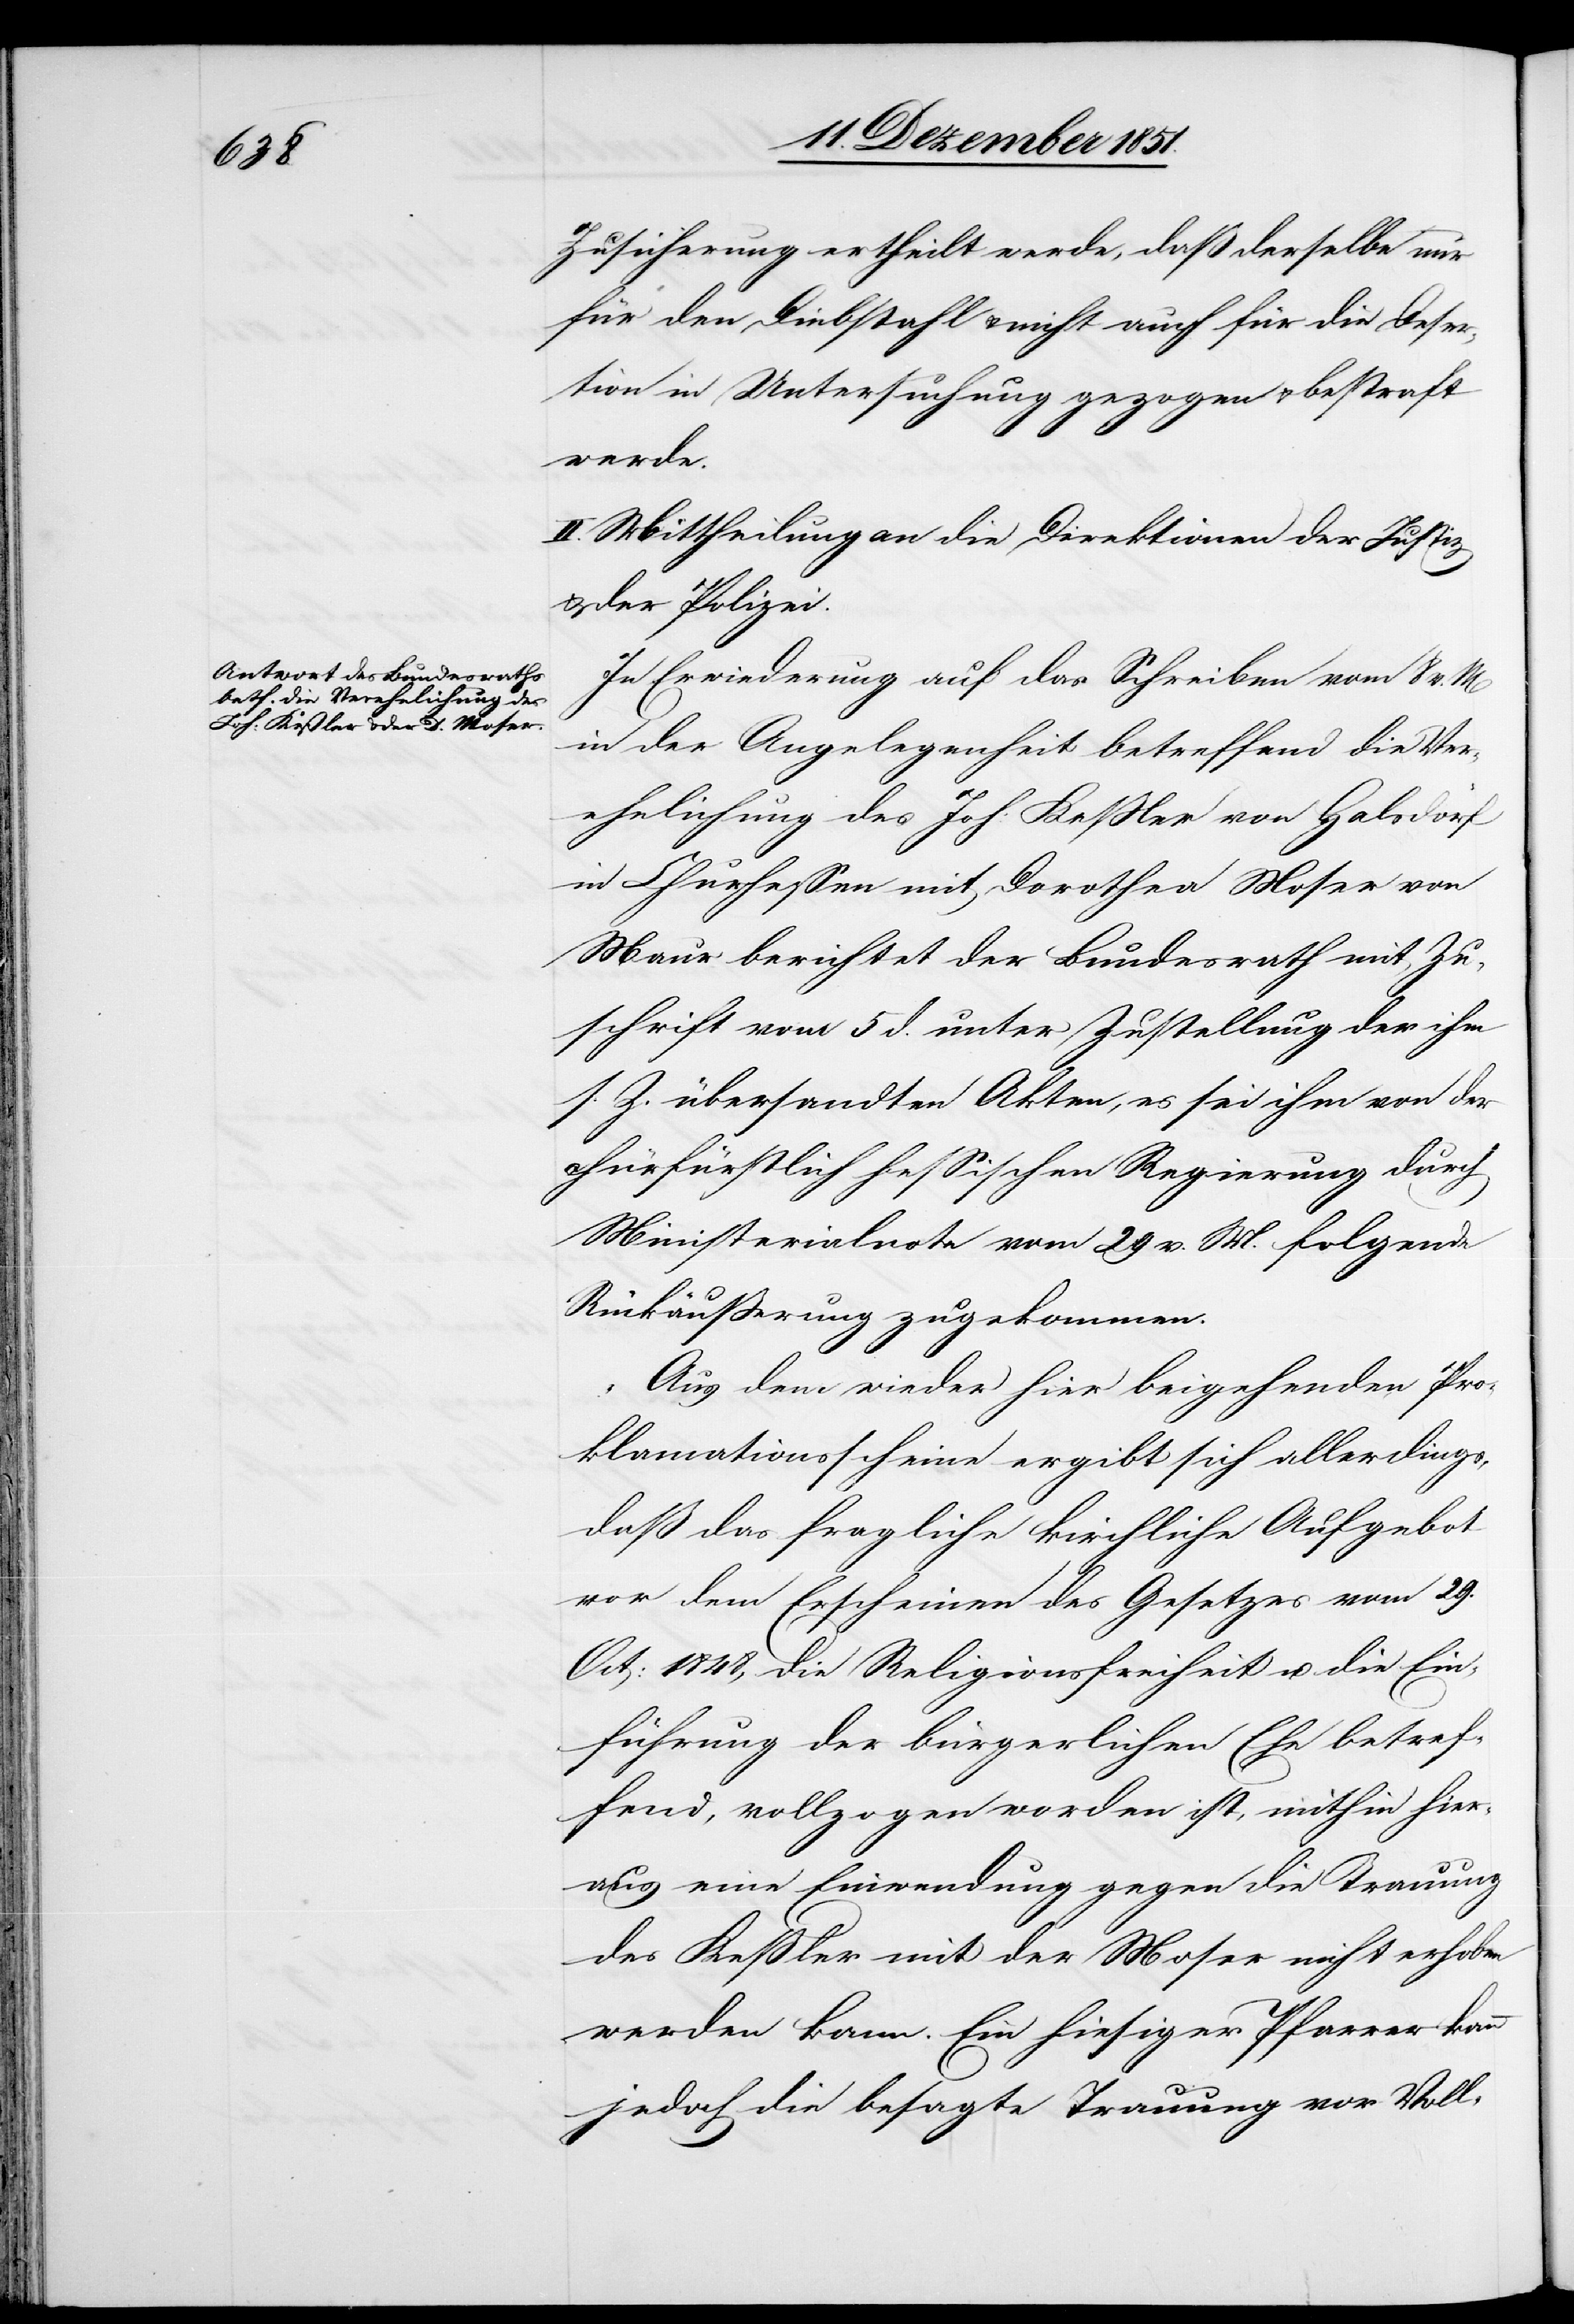
Zusicherung ertheilt werde, daß derselbe nur
für den Diebstahl & nicht auch für die Deser¬
tion in Untersuchung gezogen & bestraft
werde.
II. Mittheilung an die Direktionen der Justiz
& der Polizei.
In Erwiederung auf das Schreiben vom 8 v.
in der Angelegenheit betreffend die Ver¬
ehelichung des Joh: Keßler von Halsdorf
in Churhessen mit Dorothea Moser von
Maur berichtet der Bundesrath mit Zu¬
schrift vom 5 d. unter Zustellung der ihm
s. Z. übersandten Akten, es sei ihm von der
churfürstlich hessischen Regierung durch
Ministerialnote vom 29 v. M. folgende
Rückäußerung zugekommen.
„Aus dem wieder hier beigehenden Pro¬
klamationsscheine ergibt sich allerdings,
daß das fragliche kirchliche Aufgebot
vor dem Erscheinen des Gesetzes vom 29.
Oct: 1848, die Religionsfreiheit u. die Ein¬
führung der bürgerlichen Ehe betref¬
fend, vollzogen worden ist, mithin hier¬
aus eine Einwendung gegen die Trauung
des Keßler mit der Moser nicht erhoben
werden kann. Ein hiesiger Pfarrer kann
jedoch die besagte Trauung vor Voll-